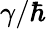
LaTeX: \gamma/\hbar